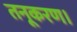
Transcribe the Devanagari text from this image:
तनूकरण।